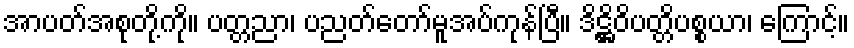
အာပတ်အစုတို့ကို။ ပတ္တညာ၊ ပညတ်တော်မူအပ်ကုန်ပြီ။ ဒိဋ္ဌိဝိပတ္တိပစ္စယာ၊ ကြောင့်။